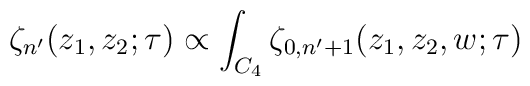
\zeta_{n'}(z_{1},z_{2};\tau)\propto\int_{C_{4}} \zeta_{0,n'+1}(z_{1},z_{2},w;\tau)